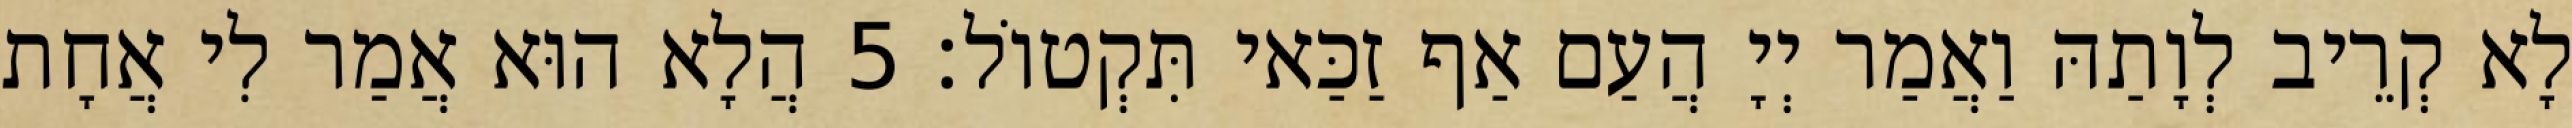
לָא קְרֵיב לְוָתַהּ וַאֲמַר יְיָ הֲעַם אַף זַכַּאי תִּקְטוֹל׃ 5 הֲלָא הוּא אֲמַר לִי אֲחָת